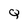
Character: Q